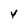
Character: 4